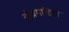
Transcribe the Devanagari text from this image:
तीव्रगाहिता